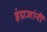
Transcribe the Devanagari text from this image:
इंग्रजांनीं